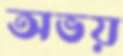
অভয়